Report on metropolitan horse fairs and district horse shows of 1891-92 - 1891-1892
Year: 1891
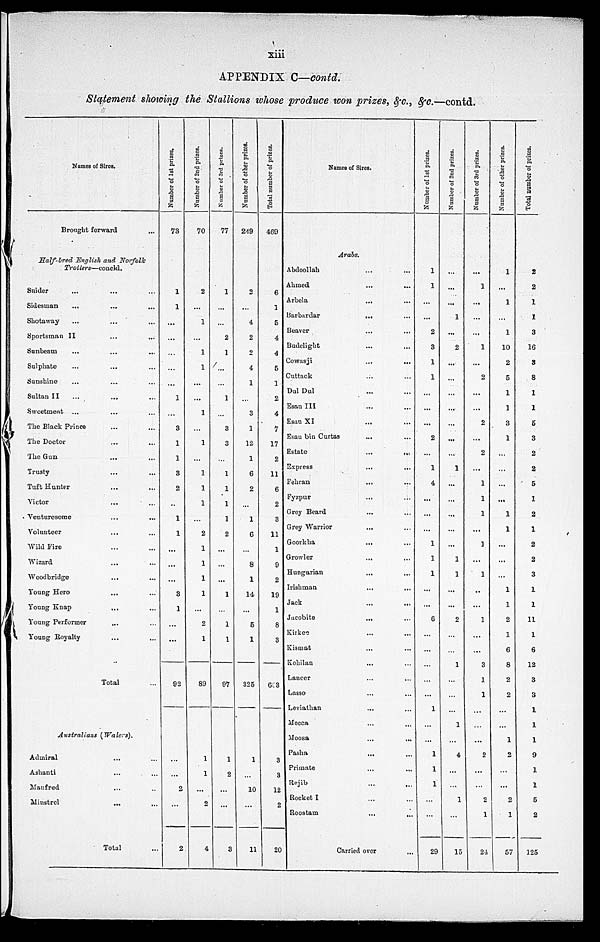
xiii
APPENDIX C—contd.
Statement showing the Stallions whose produce won prizes, &c., &c.—contd.
Names of Sires.
Brought forward
...
Half-bred English and Norfolk
Trotters—concld.
Snider ...
Sidesman ...
Shotaway ...
Sportsman II ...
Sunbeam
...
Sulphate ...
Sunshine ...
Sultan II ...
Sweetmeat ...
The Black Prince ...
The Doctor
The Gun
Trusty
Tuft Hunter
Victor
Venturesome
Volunteer
Wild Fire
Wizard
Woodbridge
Young Hero
Young Knap
Young Performer
Young Royalty
...
...
..
...
...
...
...
...
...
...
...
...
...
...
...
...
...
...
...
...
...
...
...
...
...
...
...
...
...
...
...
...
...
..
...
...
...
...
...
...
...
...
...
...
...
...
...
...
Total
...
Australians
(Walers).
Admiral
Ashanti
Manfred
Minstrel
...
...
...
...
...
...
...
...
Total ...
Number of 1st prizes.
73
1
1
...
...
...
...
..
1
...
3
1
1
3
2
...
1
1
...
...
...
3
1
...
...
92
...
2
...
2
Number of 2nd prizes.
70
2
...
1
...
1
1
...
...
1
...
1
...
1
1
1
...
2
1
1
1
1
...
2
1
89
1
1
...
2
4
Number
of 3rd prizes.
77
1
...
...
2
1
...
...
1
...
3
3
...
1
1
1
1
2
...
...
...
1
...
1
1
97
1
2
...
...
3
Number of other prizes.
249
2
...
4
2
2
4
1
...
3
1
12
1
6
2
...
1
6
...
8
1
14
...
5
1
325
1
10
...
11
Total number of prizes.
469
6
1
5
4
4
5
1
2
4
7
17
2
11
6
2
3
11
1
9
2
19
1
8
3
6 3
3
3
12
2
20
Names of Sires.
Arabs.
Abdoollah
Ahmed
Arbela
Barbardar
Beaver
Budelight
Cowasji
Cuttack
Dal Dul
Esau III
Esau XI
Esau bin Curtas
Estate
Express
Fehran
Fyzpur
Grey Beard
Grey Warrior
Goorkha
Growler
Hungarian
Irishman
Jack
Jacobite
Kirkee
Kismat
Kohilan
Lancer
Lasso
Leviathan
Mecca
Moosa
Pasha
Primate
Rojib
Rocket I
Roostam
...
...
...
...
...
...
...
...
...
...
...
...
...
...
...
...
...
...
...
...
...
...
...
...
...
...
...
...
...
...
...
...
...
...
...
...
...
...
...
...
...
...
...
...
...
...
...
...
...
...
...
...
...
...
...
...
...
...
...
...
...
...
...
...
...
...
...
...
...
...
...
...
...
...
Carried over
...
Number of 1st prizes.
1
1
...
...
2
3
1
1
...
...
...
2
...
1
4
...
...
...
1
1
1
...
...
6
...
...
...
...
...
1
...
...
1
1
1
...
...
29
Number of 2nd prizes.
...
...
...
1
...
2
...
...
...
...
...
...
...
1
...
...
...
...
...
1
1
...
...
2
...
...
1
...
...
...
1
...
4
...
...
1
...
15
Number of 3rd prizes.
...
1
...
...
...
1
...
2
...
...
2
...
2
...
1
1
1
...
1
...
1
...
...
1
...
...
3
1
1
...
...
...
2
...
...
2
1
24
Number of other prizes.
1
...
1
...
1
10
2
5
1
1
3
1
...
...
...
...
1
1
...
...
...
1
1
2
1
6
8
2
2
...
...
1
2
...
...
2
1
57
Total number of prizes.
2
2
1
1
3
16
3
8
1
1
5
3
2
2
5
1
2
1
2
2
3
1
1
11
1
6
12
3
3
1
1
1
9
1
1
5
2
125